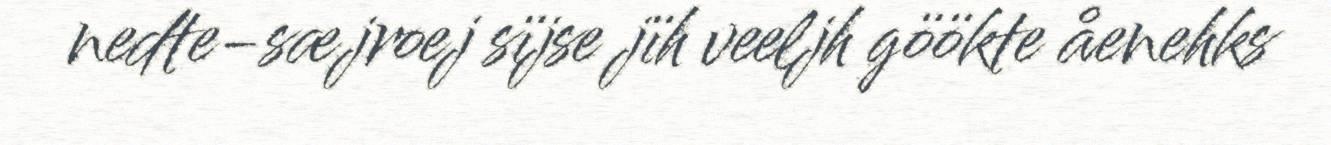
nedte-sæjroej sïjse jïh veeljh göökte åenehks